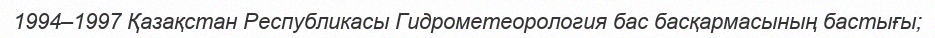
1994–1997 Қазақстан Республикасы Гидрометеорология бас басқармасының бастығы;